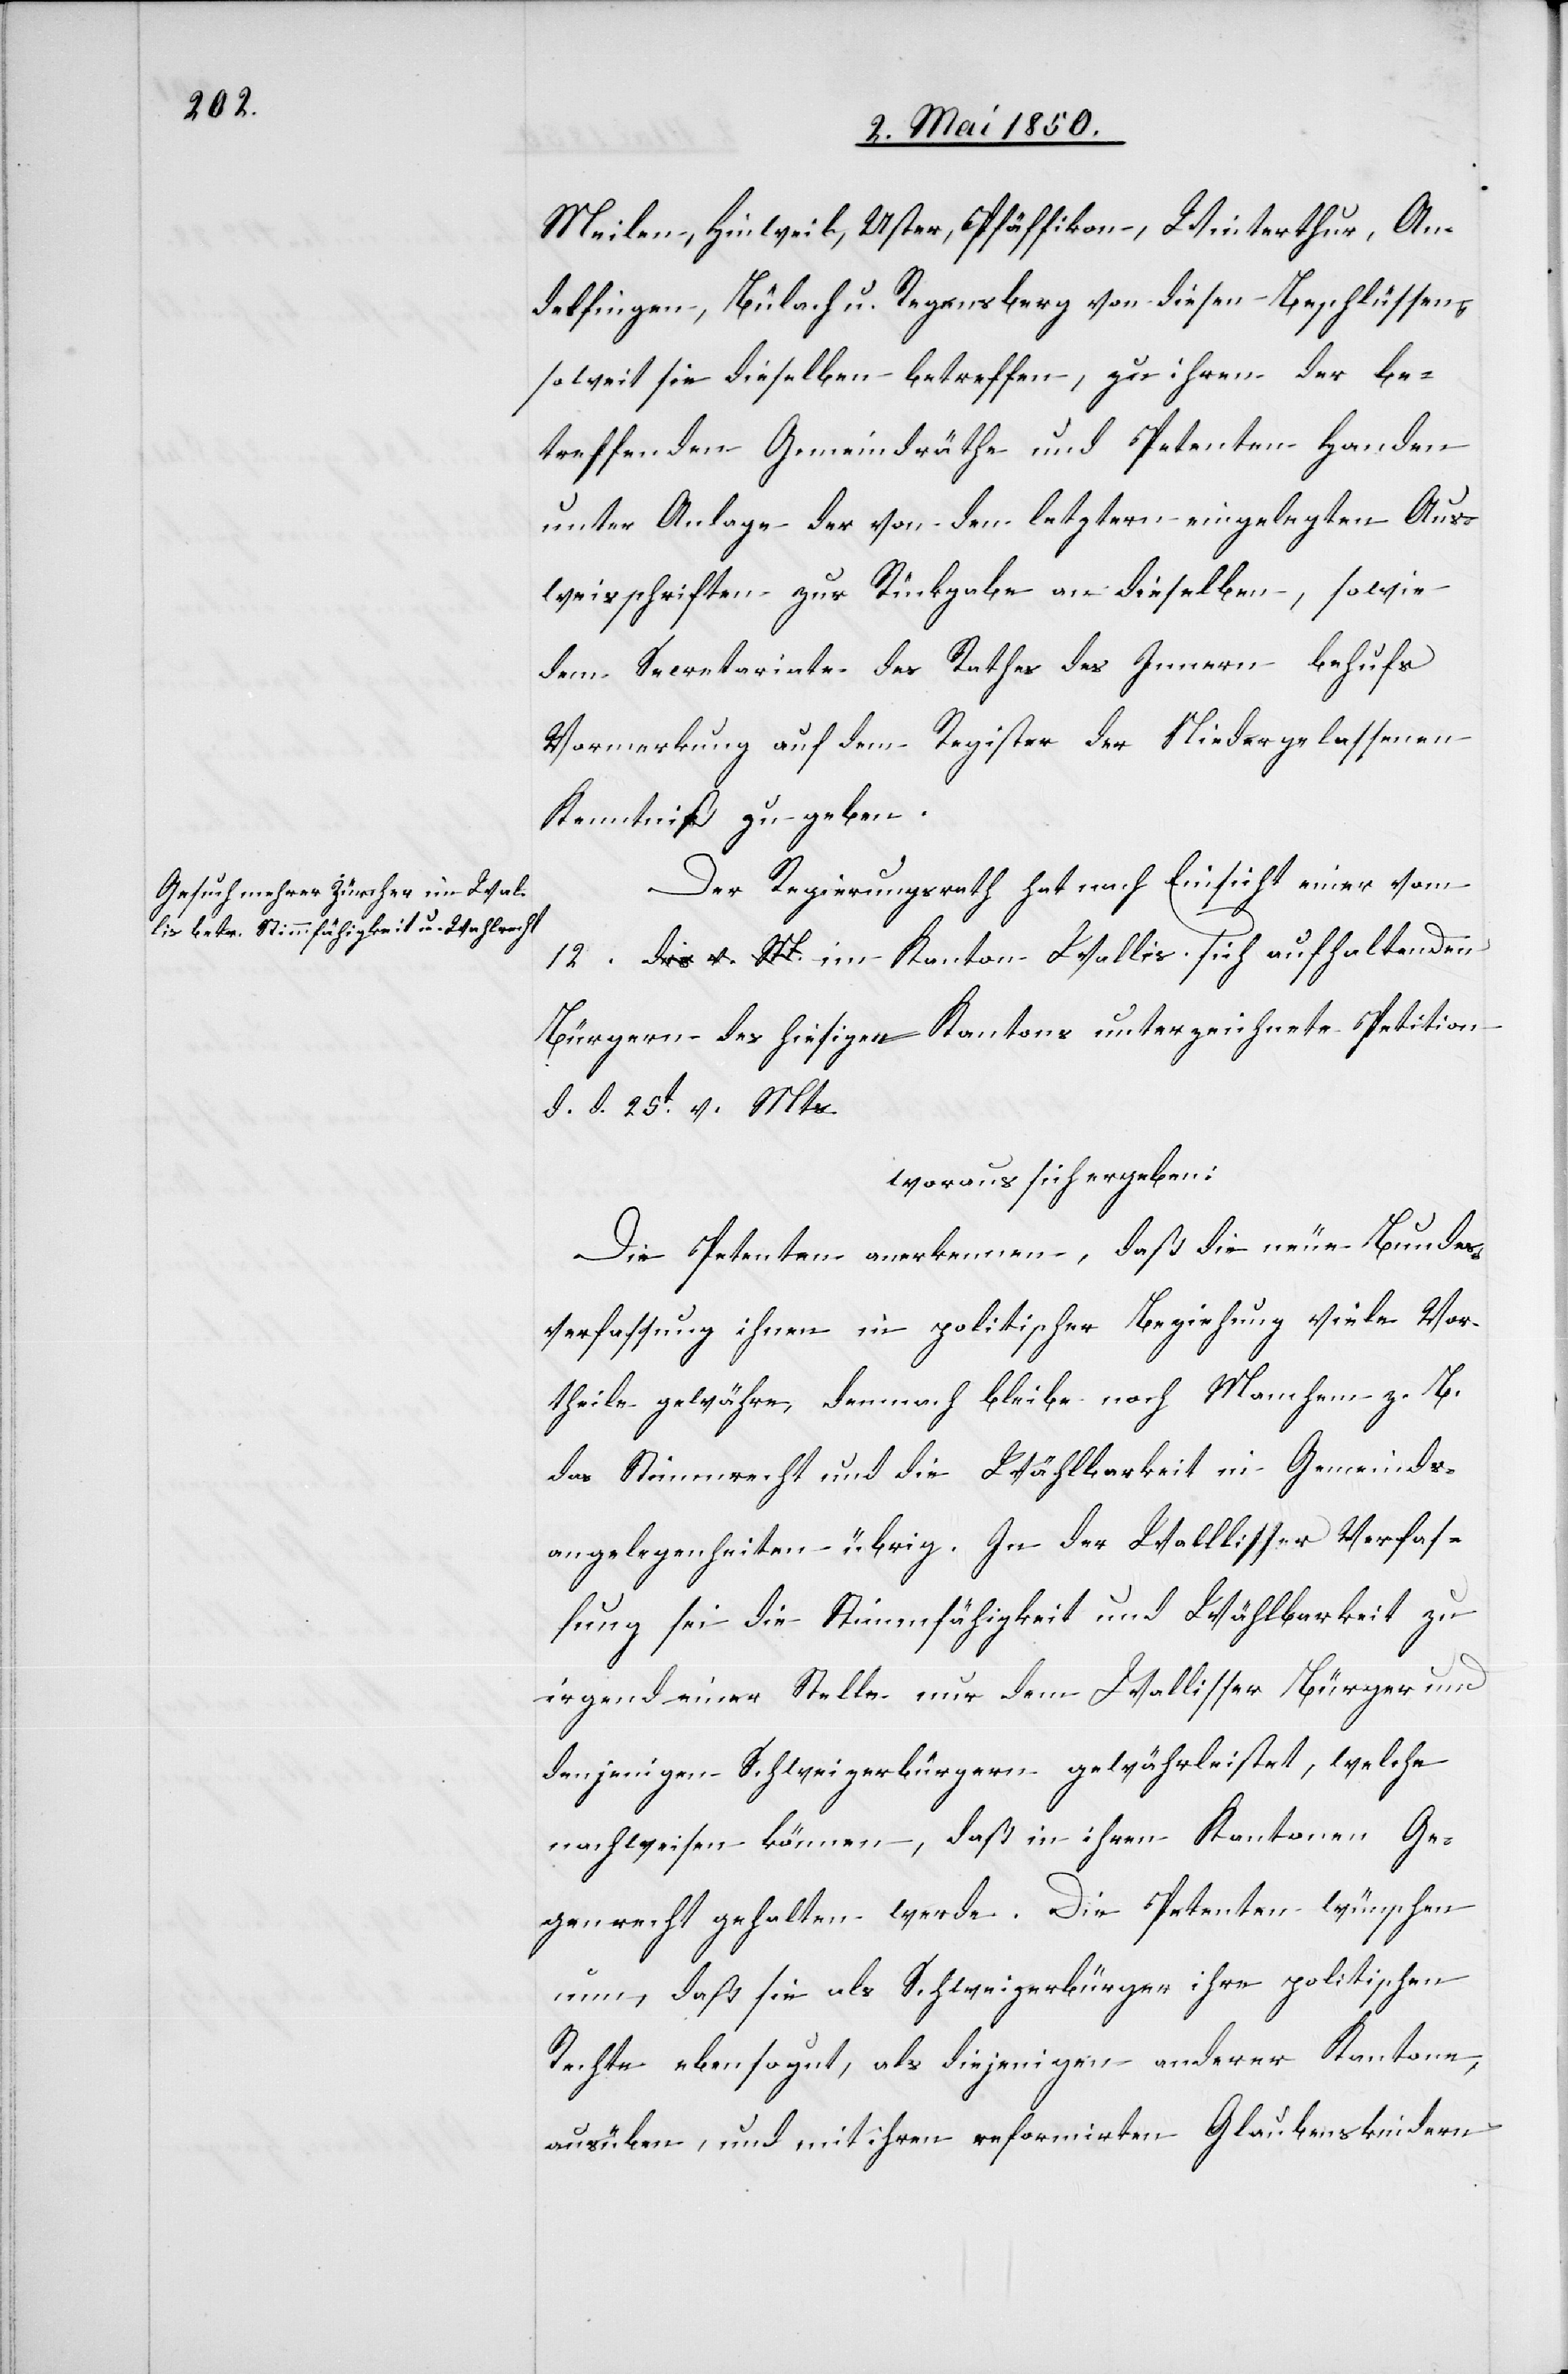
Meilen, Hinweil, Uster, Pfäffikon, Winterthur, An¬
delfingen, Bülach u. Regensberg von diesen Beschlüssen,
soweit sie dieselben betreffen, zu ihren der be¬
treffenden Gemeindräthe und Petenten Handen
unter Anlage der von den letztern eingelegten Aus¬
weisschriften zur Rückgabe an dieselben, sowie
dem Secretariate des Rathes des Innern behufs
Vormerkung auf dem Register der Niedergelassenen
Kenntniß zu geben.
Der Regierungsrath hat nach Einsicht einer vom
12. im Kanton Wallis sich aufhaltenden
Bürgern des hiesigen Kantons unterzeichnete Petition
d. d. 25t v. Mts.
woraus sich ergeben:
Die Petenten anerkennen, daß die neue Bundes¬
verfassung ihnen in politischer Beziehung viele Vor¬
theile gewähre, demnach bleibe noch Manchem z. B.
das Stimmrecht und die Wählbarkeit in Gemeinds¬
angelegenheiten übrig. In der Wallisser Verfas¬
sung sei die Stimmfähigkeit und Wählbarkeit zu
irgend einer Stelle nur dem Wallisser Bürger und
denjenigen Schweizerbürgern gewährleistet, welche
nachweisen können, daß in ihren Kantonen Ge¬
genrecht gehalten werde. Die Petenten wünschen
nun, daß sie als Schweizerbürger ihre politischen
Rechte ebensogut, als diejenigen anderer Kantone,
ausüben, und mit ihren reformirten Glaubenskindern